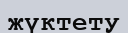
жүктету